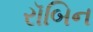
રૉબિન